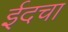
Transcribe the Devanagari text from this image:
ईदचा